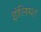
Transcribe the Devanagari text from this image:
इंलिग्श